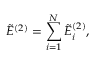
\tilde { E } ^ { ( 2 ) } = \sum _ { i = 1 } ^ { N } \tilde { E } _ { i } ^ { ( 2 ) } ,